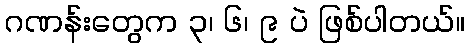
ဂဏန်းတွေက ၃၊ ၆၊ ၉ ပဲ ဖြစ်ပါတယ်။